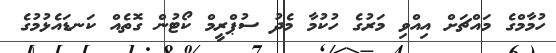
ހުމާމްގެ މައްޗަށް އިއްވި މަރުގެ ހުކުމާ މެދު ސުޕްރީމް ކޯޓުން ގޮތެއް ކަނޑައެޅުމުގެ